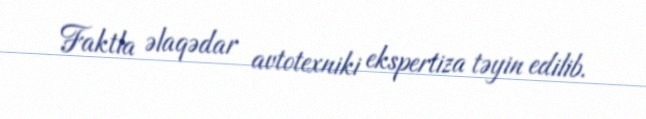
Faktla əlaqədar avtotexniki ekspertiza təyin edilib.